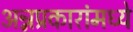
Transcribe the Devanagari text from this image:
अन्नप्रकारांमध्ये